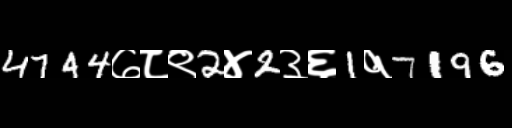
Text: 4744७८९2४2३६1१7196